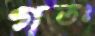
গতঃ